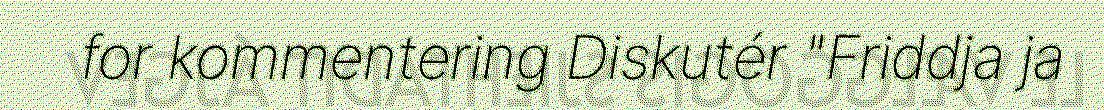
for kommentering Diskutér "Friddja ja